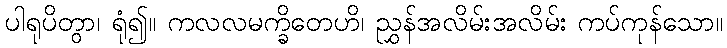
ပါရုပိတွာ၊ ရုံ၍။ ကလလမက္ခိတေဟိ၊ ညွှန်အလိမ်းအလိမ်း ကပ်ကုန်သော။